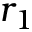
r _ { 1 }